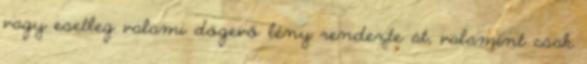
vagy esetleg valami dögevő lény rendezte át, valamint csak